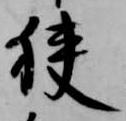
狭